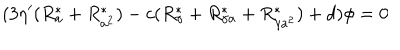
LaTeX: ( 3 \eta ^ { \prime } ( R _ { a } ^ { \ast } + R _ { a ^ { 2 } } ^ { \ast } ) - c ( R _ { \gamma } ^ { \ast } + R _ { \gamma a } ^ { \ast } + R _ { \gamma a ^ { 2 } } ^ { \ast } ) + d ) \phi = 0